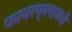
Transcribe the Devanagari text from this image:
फायरफ्लायचे